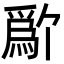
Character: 𬋱